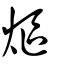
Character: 熰